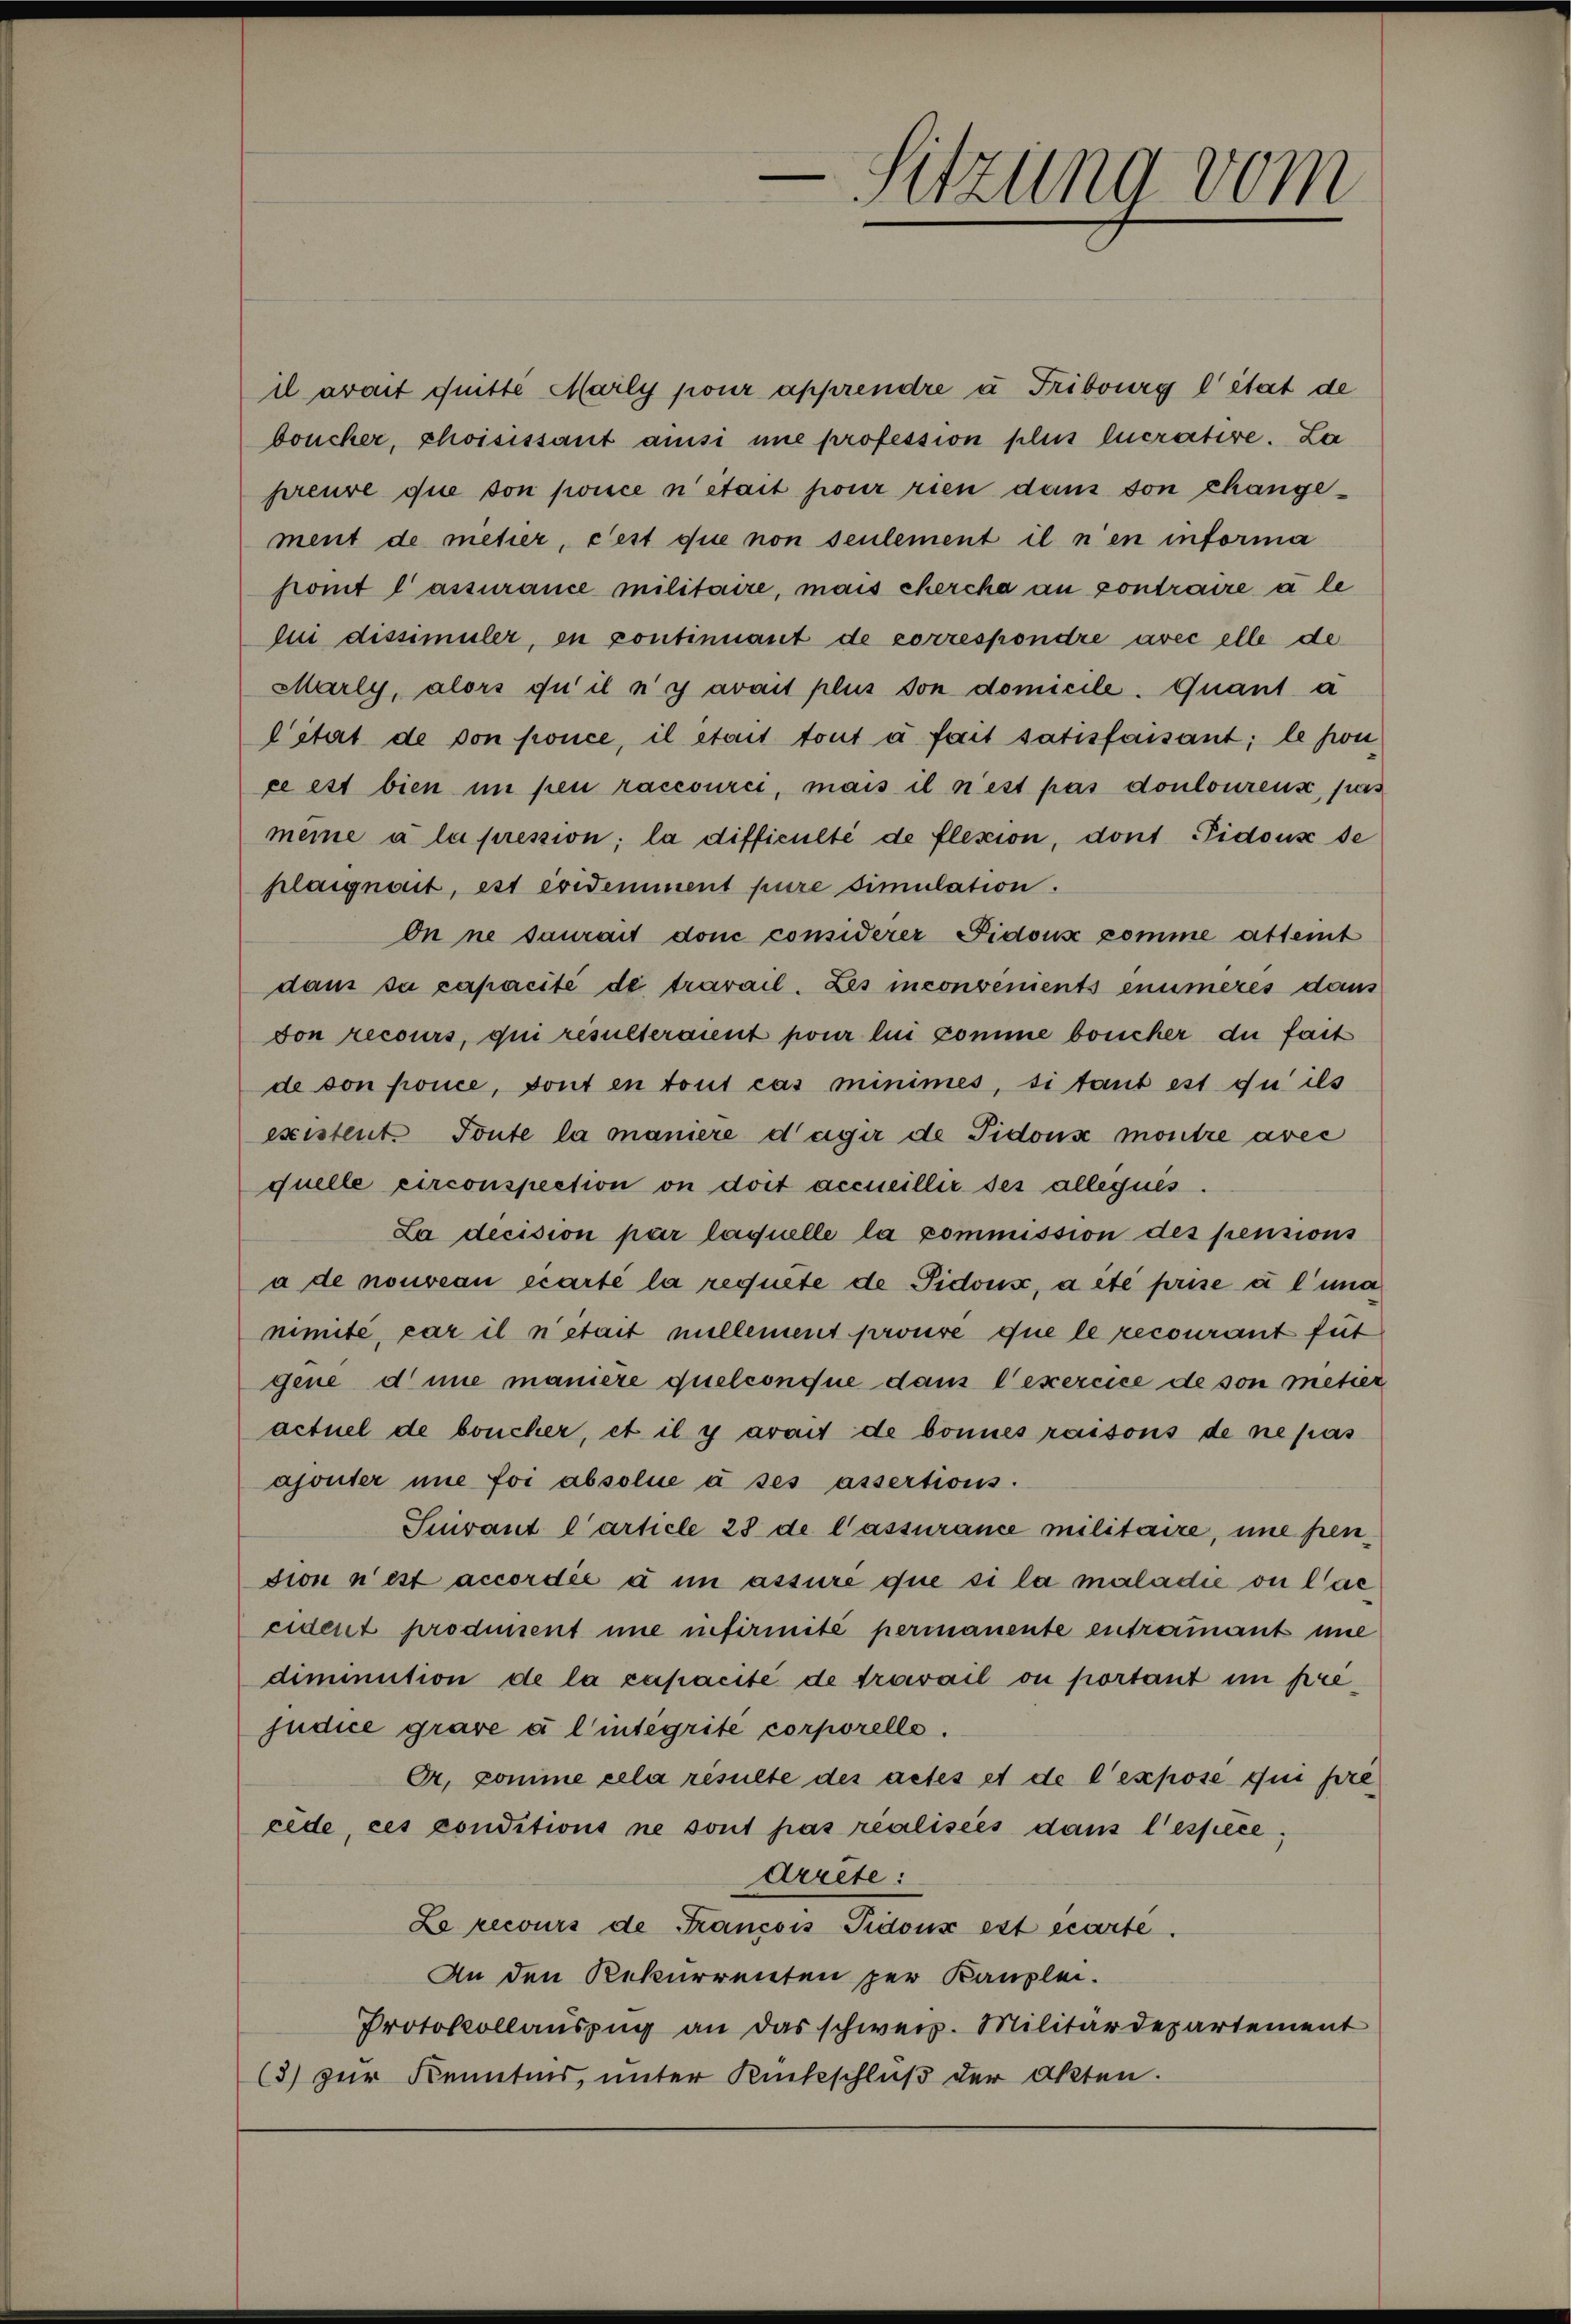
il avait quitte Marly pour apprendre u Fribourg l’état de
boucher, choisissant amisi une profession plus lucrative. La
preuve que son pouce n'était pour rien dans von changement de mehrer, cest que non seulement il n’en informa
somit lassurance militaire, mais chercha an contraire à le
lui dissimuler, in continuant de correspondre avec elle de
Marly, alors qu’il n’y avait plus son domicile. Quant a
Citat de von ponce, il était tout à fait satisfaisant; le ponce est bien in peu raccourci, mais il n’est pas donlourenz, pas
meine a la pression; la difficulté de flession, dont Pidouse de
plaignait, est évidemment pure simulation.
On ne saurait don considerer Pidous komme atteint
dann sa capacité de travail. Les inconvenients enimeres dans
son recours, qui resulteraient pour lui comme boucher du fait
de son ponce, sont en tout cas minimes, si tant est du ils
existent. Toute la maniere d’agir de Pidons montre avec
quelle circonspection on doit accueillie des alleques.
La decision par laquelle la commission des pensions
à de nouveau écarté la requite de Pidons, a été prise à l’ina
nimité, car il n’était millement prouvé que le recourant fut
gene d une manière quelconque dans l’exercice de son metier
actuel de boucher, et il y avait de donnes raisons de ne pas
ajouter nie foi absolue à ses assertions.
Suivant l’article 28 de lassurance militaire, une pendion n’est accordée à un assure que si la maladie ou lac
cident prodiment inne infirmité permanente entramant une
diminution de la zupacité de trowail ou portant im prejudice grave à l’intégrité corporelle.
Or, komme cela résulte des actes et de l’expose qui pre
cede, ces conditions ne sont pas réalisées dans l’espèce,
Arrete:
Le recours de Francois Sidoux est écarte.
An den Rekurrenten per Kanzlei.
Protokollaŭszŭg an das schweiz. Militärdepartement
(3) zur Kenntnis, unter Rückschluß der Akten.

Sitzung vom